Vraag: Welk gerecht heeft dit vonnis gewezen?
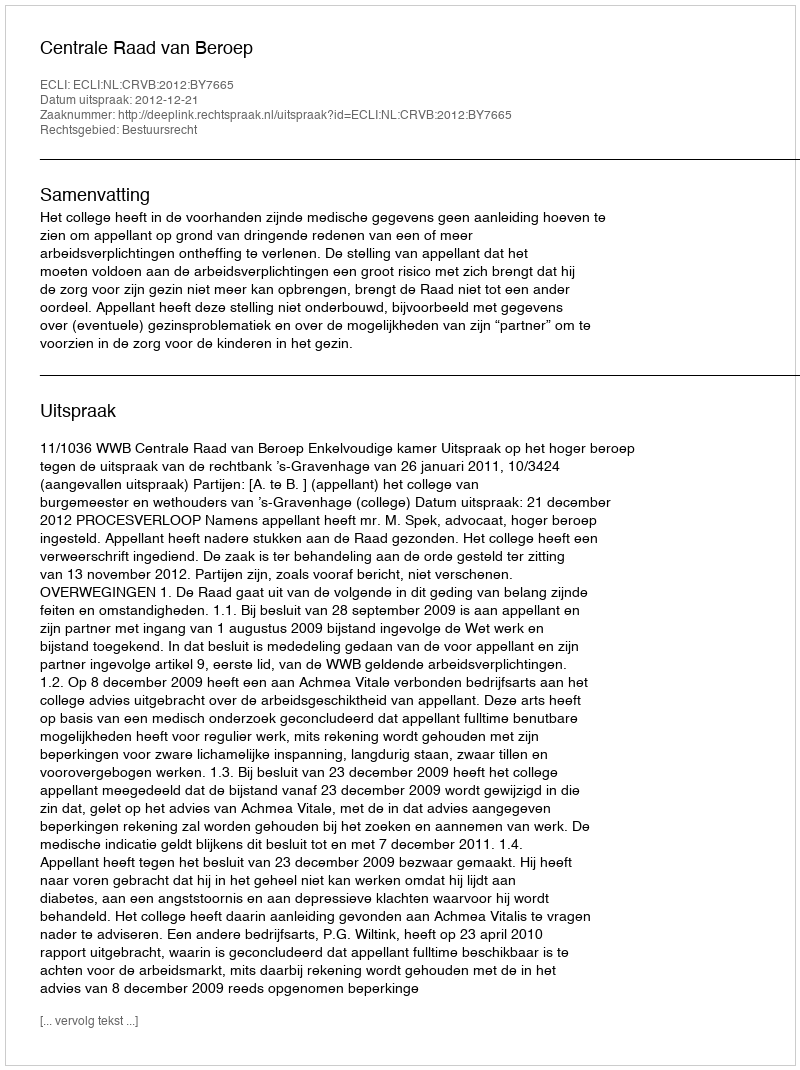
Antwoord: Centrale Raad van Beroep